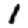
Digit: 1